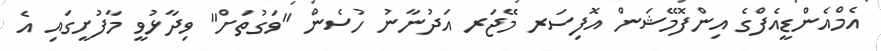
އެމްއެންޑީއެފްގެ އިންފޮމޭޝަން އޮފިސަރ މޭޖަރ އަދުނާނު ހުސެން "ވަގުތަށް" ވިދާޅުވީ މާފުށީގައި އެ